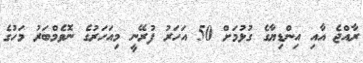
ރާއްޖެ އާއި އިންޑިޔާގެ ގުޅުމަށް 50 އަހަރު ފުރޭނީ މިއަހަރުގެ ނޮވެމްބަރު މަހުގެ